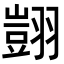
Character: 𦒀